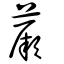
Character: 蕨